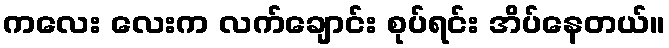
ကလေး လေးက လက်ချောင်း စုပ်ရင်း အိပ်နေတယ်။